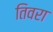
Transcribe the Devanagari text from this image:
तिवरा